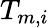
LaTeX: T_{m,i}